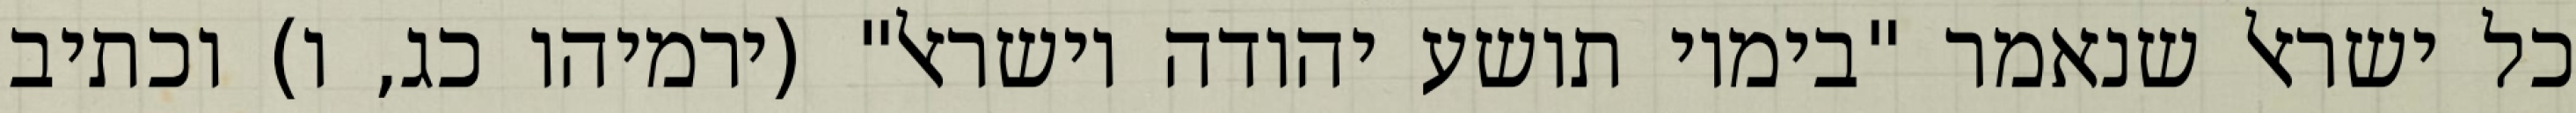
כל ישראל שנאמר "בימיו תושע יהודה וישראל" (ירמיהו כג, ו) וכתיב